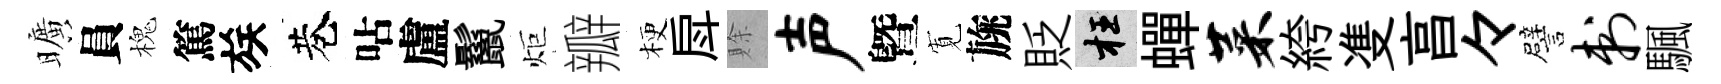
曠員槐篤族巷呫盧鬣炬瓣梗戽賖声曁𡩖旐貶枉蟬菜絝㕠亯々譬刺颿